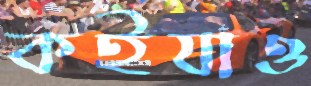
কর্ইযাও